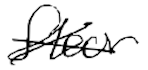
Text: floor
Cross-out: cross
Writing tool: digital_black